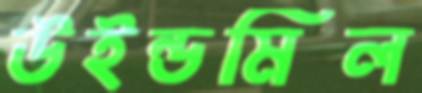
উইন্ডমিল